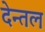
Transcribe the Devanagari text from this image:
देन्तल